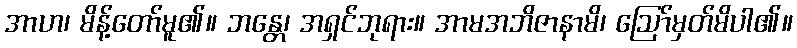
အာဟ၊ မိန့်တော်မူ၏။ ဘန္တေ၊ အရှင်ဘုရား။ အာမအဘိဇာနာမိ၊ ဩော်မှတ်မိပါ၏။